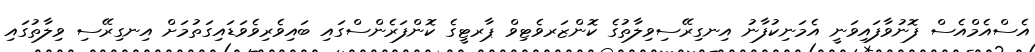
އެސްއެމްއެސް ފޮނުވާފައިވަނީ އެމަނިކުފާނު އިނގިރޭސިވިލާތުގެ ކޮންޒަރވެޓިވް ޕާރޓީގެ ކޮންފަރެންސްގައި ބައިވެރިވެވަޑައިގަތުމަށް އިނގިރޭސި ވިލާތުގައި